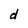
Character: d